Senior Leaving Certificate Examination (including Day School Certificate (Higher) General paper), 1950
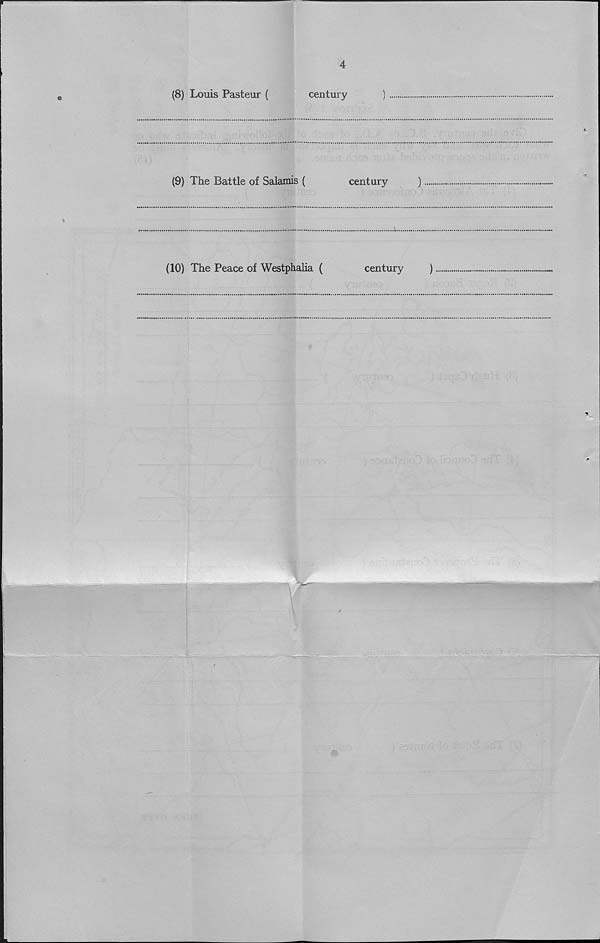
4
(8) Louis Pasteur (
century
)
(9) The Battle of Salamis (
century
)
(10) The Peace of Westphalia (
century
)